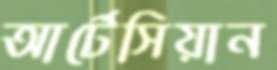
আর্টেসিয়ান